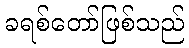
ခရစ်တော်ဖြစ်သည်